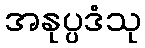
အနုပ္ပဒံသု